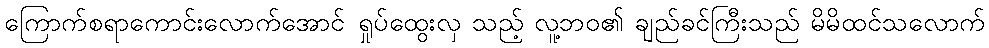
ကြောက်စရာကောင်းလောက်အောင် ရှုပ်ထွေးလှ သည့် လူ့ဘဝ၏ ချည်ခင်ကြီးသည် မိမိထင်သလောက်